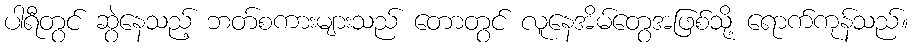
ပါရီတွင် ဆွဲနေသည့် ဘတ်စကားများသည် တောတွင် လူနေအိမ်တွေအဖြစ်သို့ ရောက်ကုန်သည်။